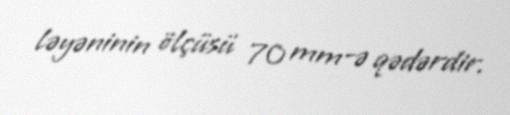
ləyəninin ölçüsü 70 mm-ə qədərdir.